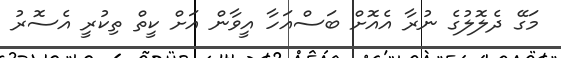
މަގޭ ދެލޮލުގެ ނުރާ އެއޮށް ބަސްއަހާ އީވާން އަށް ކީތް ތިކުރީ އެސޮރު